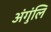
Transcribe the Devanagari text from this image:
अंगुंलि